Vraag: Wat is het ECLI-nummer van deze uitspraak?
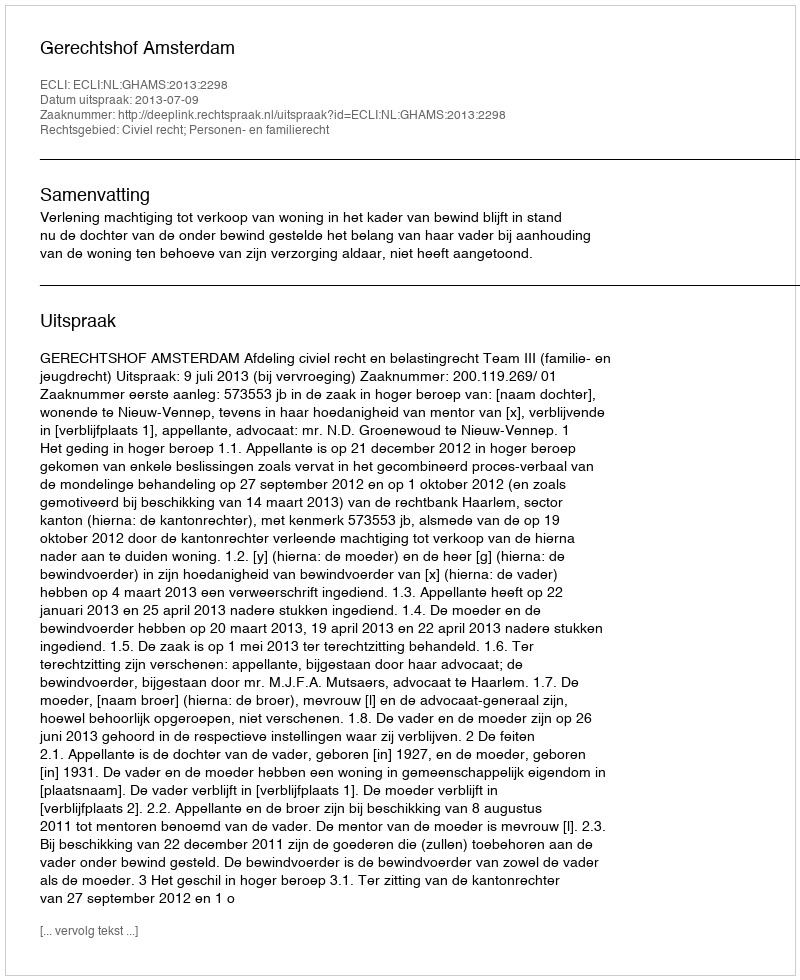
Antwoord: ECLI:NL:GHAMS:2013:2298